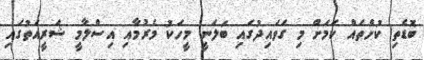
ބޮޑެތި ކުށްތައް ކަމަށް މި ގަވައިދުގައި ބަލަނީ މީހަކު މެރުމާއި އިސްލާމީ ޝަރީއަތުގައި